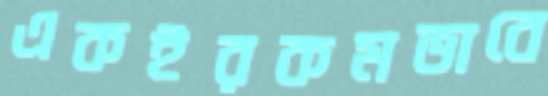
একইরকমভাবে